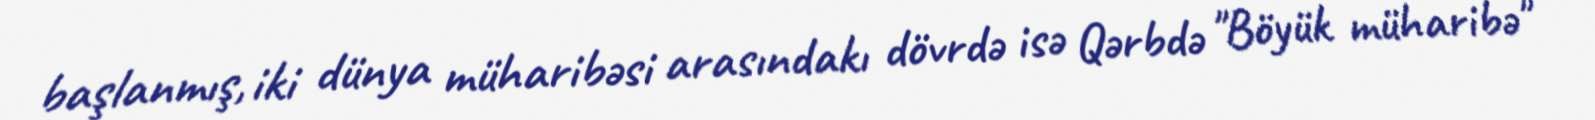
başlanmış, iki dünya müharibəsi arasındakı dövrdə isə Qərbdə "Böyük müharibə"